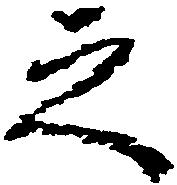
之